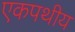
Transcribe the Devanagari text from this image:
एकपथीय